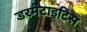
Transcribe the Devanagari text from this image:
डरमेटाइटिस